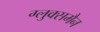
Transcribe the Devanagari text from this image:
ग्लुक्समैन